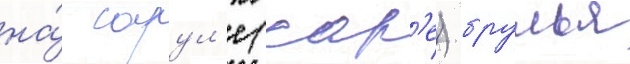
на́ сарул'е (сар'е) брулья